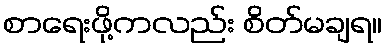
စာရေးဖို့ကလည်း စိတ်မချရ။